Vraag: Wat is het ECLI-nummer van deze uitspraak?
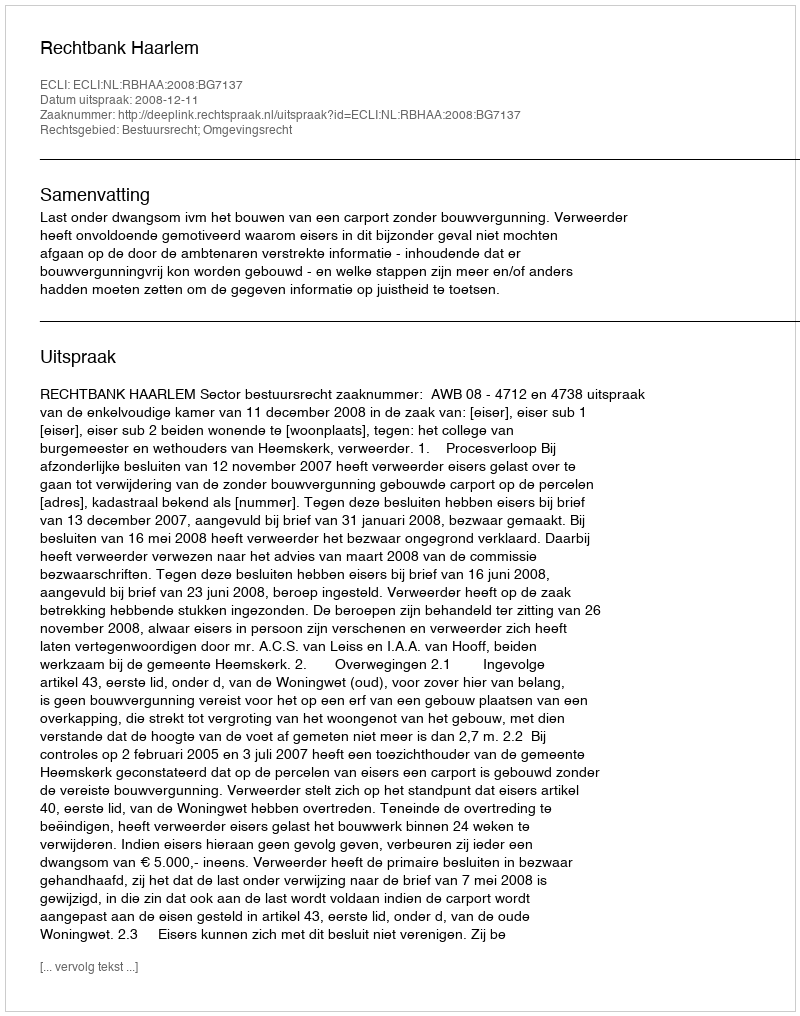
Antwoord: ECLI:NL:RBHAA:2008:BG7137